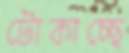
টোকাচ্ছে